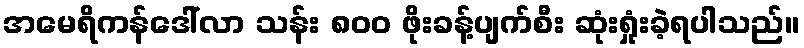
အမေရိကန်ဒေါ်လာ သန်း ၈၀၀ ဖိုးခန့်ပျက်စီး ဆုံးရှုံးခဲ့ရပါသည်။